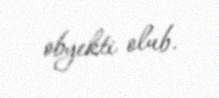
obyekti olub.